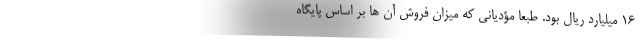
16 میلیارد ریال بود. طبعا مؤدیانی که میزان فروش آن ها بر اساس پایگاه